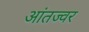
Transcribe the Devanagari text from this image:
आंतज्वर